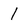
Character: l